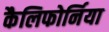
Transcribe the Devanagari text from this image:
कैलिफोर्निया